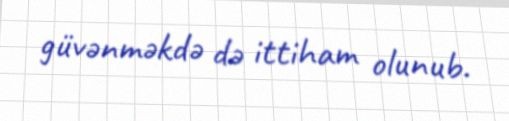
güvənməkdə də ittiham olunub.